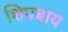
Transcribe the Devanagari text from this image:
शिपबाय